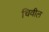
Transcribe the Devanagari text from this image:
चिवील